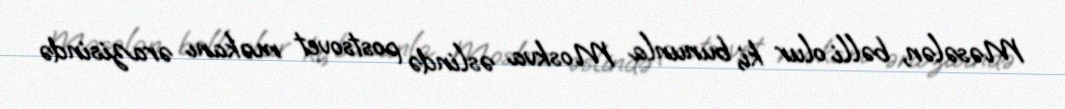
Məsələn, bəlli olur ki, bununla Moskva əslində postsovet məkanı ərazisində